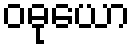
ဝဓုယော